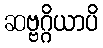
ဆဗ္ဗဂ္ဂိယာပိ